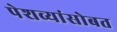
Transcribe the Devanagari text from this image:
पेशव्यांसोबत